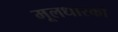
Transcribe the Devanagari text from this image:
मूलधारकों